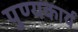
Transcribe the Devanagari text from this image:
पुण्यकार्य